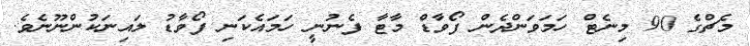
މެޗްގެ 90 މިނެޓް ހަމަވަންދެން ފޯވާޑް މާޓާ ފެނުނީ ހަމައެކަނި ފޯވާޑު ލައިނަކުންނޫނެވެ.